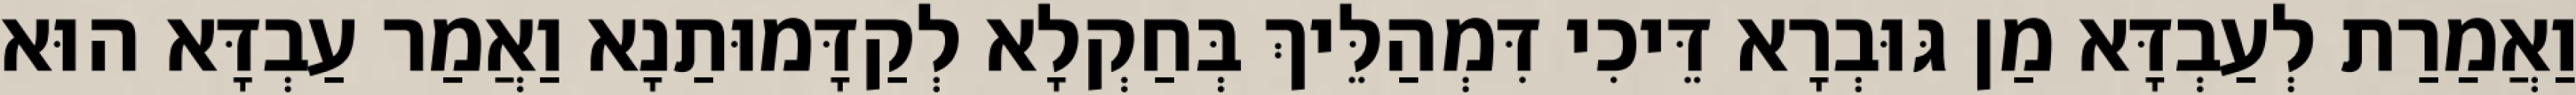
וַאֲמַרַת לְעַבְדָּא מַן גּוּבְרָא דֵּיכִי דִּמְהַלֵּיךְ בְּחַקְלָא לְקַדָּמוּתַנָא וַאֲמַר עַבְדָּא הוּא